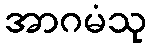
အာဂမံသု